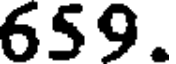
659.